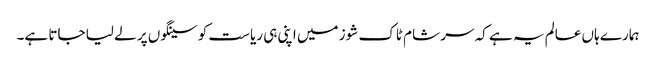
ہمارے ہاں عالم یہ ہے کہ سر شام ٹاک شوز میں اپنی ہی ریاست کو سینگوں پر لے لیا جاتا ہے۔